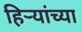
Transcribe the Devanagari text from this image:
हिऱ्यांच्या